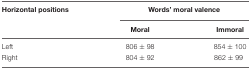
<table><thead><tr><td><b>Horizontal positions</b></td><td colspan="2"><b>Words’ moral valence</b></td></tr><tr><td></td><td><b>Moral</b></td><td><b>Immoral</b></td></tr></thead><tbody><tr><td>Left</td><td>806 ± 98</td><td>854 ± 100</td></tr><tr><td>Right</td><td>804 ± 92</td><td>862 ± 99</td></tr></tbody></table>